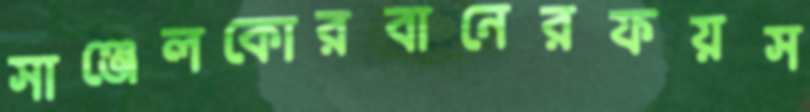
সাঞ্জেলকোরবানেরফয়স